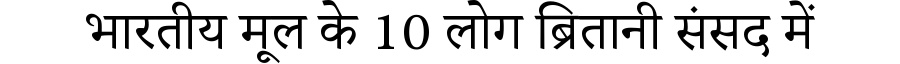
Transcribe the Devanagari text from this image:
भारतीय मूल के 10 लोग ब्रितानी संसद में